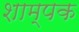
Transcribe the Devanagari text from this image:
शाम्पक